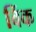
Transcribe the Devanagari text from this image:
बिंक